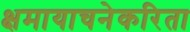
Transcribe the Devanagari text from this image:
क्षमायाचनेकरिता